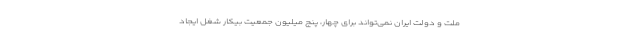
ملت و دولت ایران نمی‌تواند برای چهار، پنج میلیون جمعیت بیکار شغل ایجاد